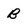
Character: B